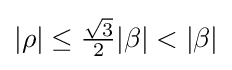
|\rho |\leq {\tfrac {\sqrt {3}}{2}}|\beta |<|\beta |